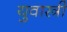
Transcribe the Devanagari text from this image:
युवास्त्री